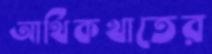
আর্থিকখাতের